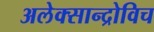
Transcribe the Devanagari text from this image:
अलेक्सान्द्रोविच